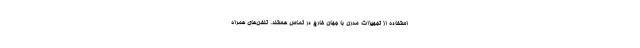
استفاده از تجهیزات مدرن با جهان خارج در تماس هستند. تلفن‌های همراه